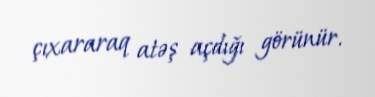
çıxararaq atəş açdığı görünür.